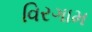
વિરગામ